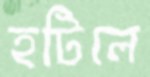
হটিলে